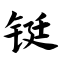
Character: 铤